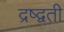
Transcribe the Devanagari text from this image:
द्रष्द्वती